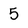
Character: 5